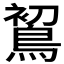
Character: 𪁲